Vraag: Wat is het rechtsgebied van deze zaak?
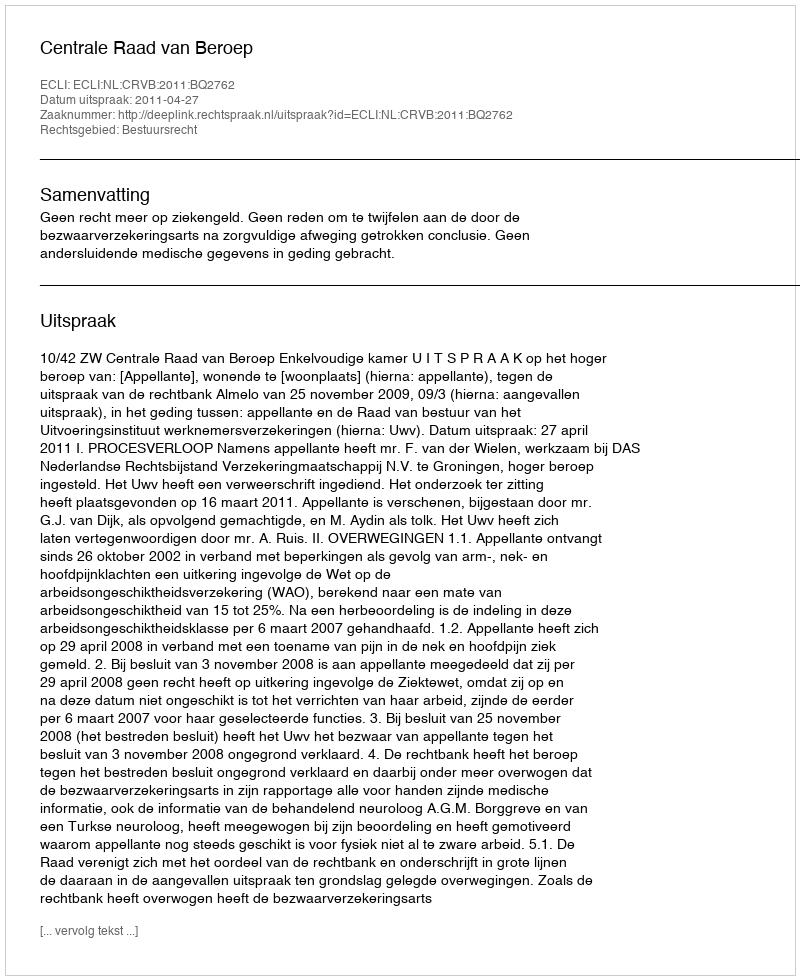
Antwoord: Bestuursrecht